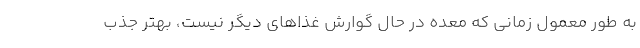
به طور معمول زمانی که معده در حال گوارش غذاهای دیگر نیست، بهتر جذب